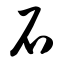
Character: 石